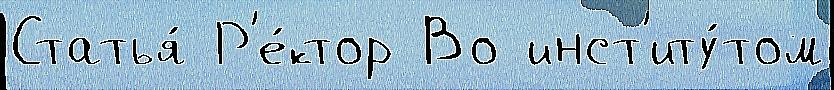
Статья́ Р'е́ктор Во инст'иту́том